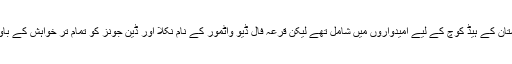
ڈین جونز گزشتہ سال پاکستان کے ہیڈ کوچ کے لیے امیدواروں میں شامل تھے لیکن قرعہ فال ڈیو واٹمور کے نام نکلا اور ڈین جونز کو تمام تر خواہش کے باوجود یہ عہدہ نہیں مل سکا۔